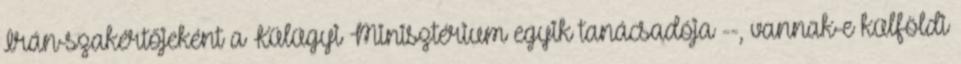
Irán-szakértőjeként a Külügyi Minisztérium egyik tanácsadója --, vannak-e külföldi